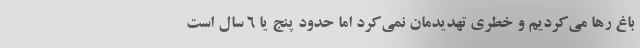
باغ رها می‌کردیم و خطری تهدیدمان نمی‌کرد اما حدود پنج یا ۶ سال است